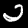
Digit: 2